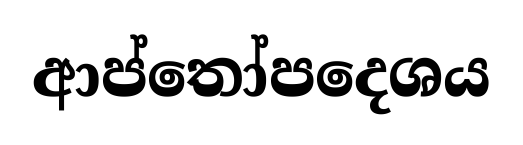
ආප්තෝපදෙශය